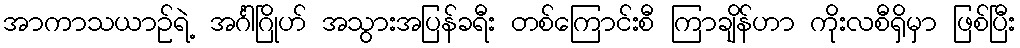
အာကာသယာဉ်ရဲ့ အင်္ဂါဂြိုဟ် အသွားအပြန်ခရီး တစ်ကြောင်းစီ ကြာချိန်ဟာ ကိုးလစီရှိမှာ ဖြစ်ပြီး